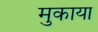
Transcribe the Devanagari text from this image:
मुकाया